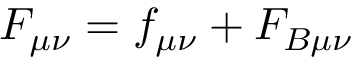
F _ { \mu \nu } = f _ { \mu \nu } + F _ { B \mu \nu }